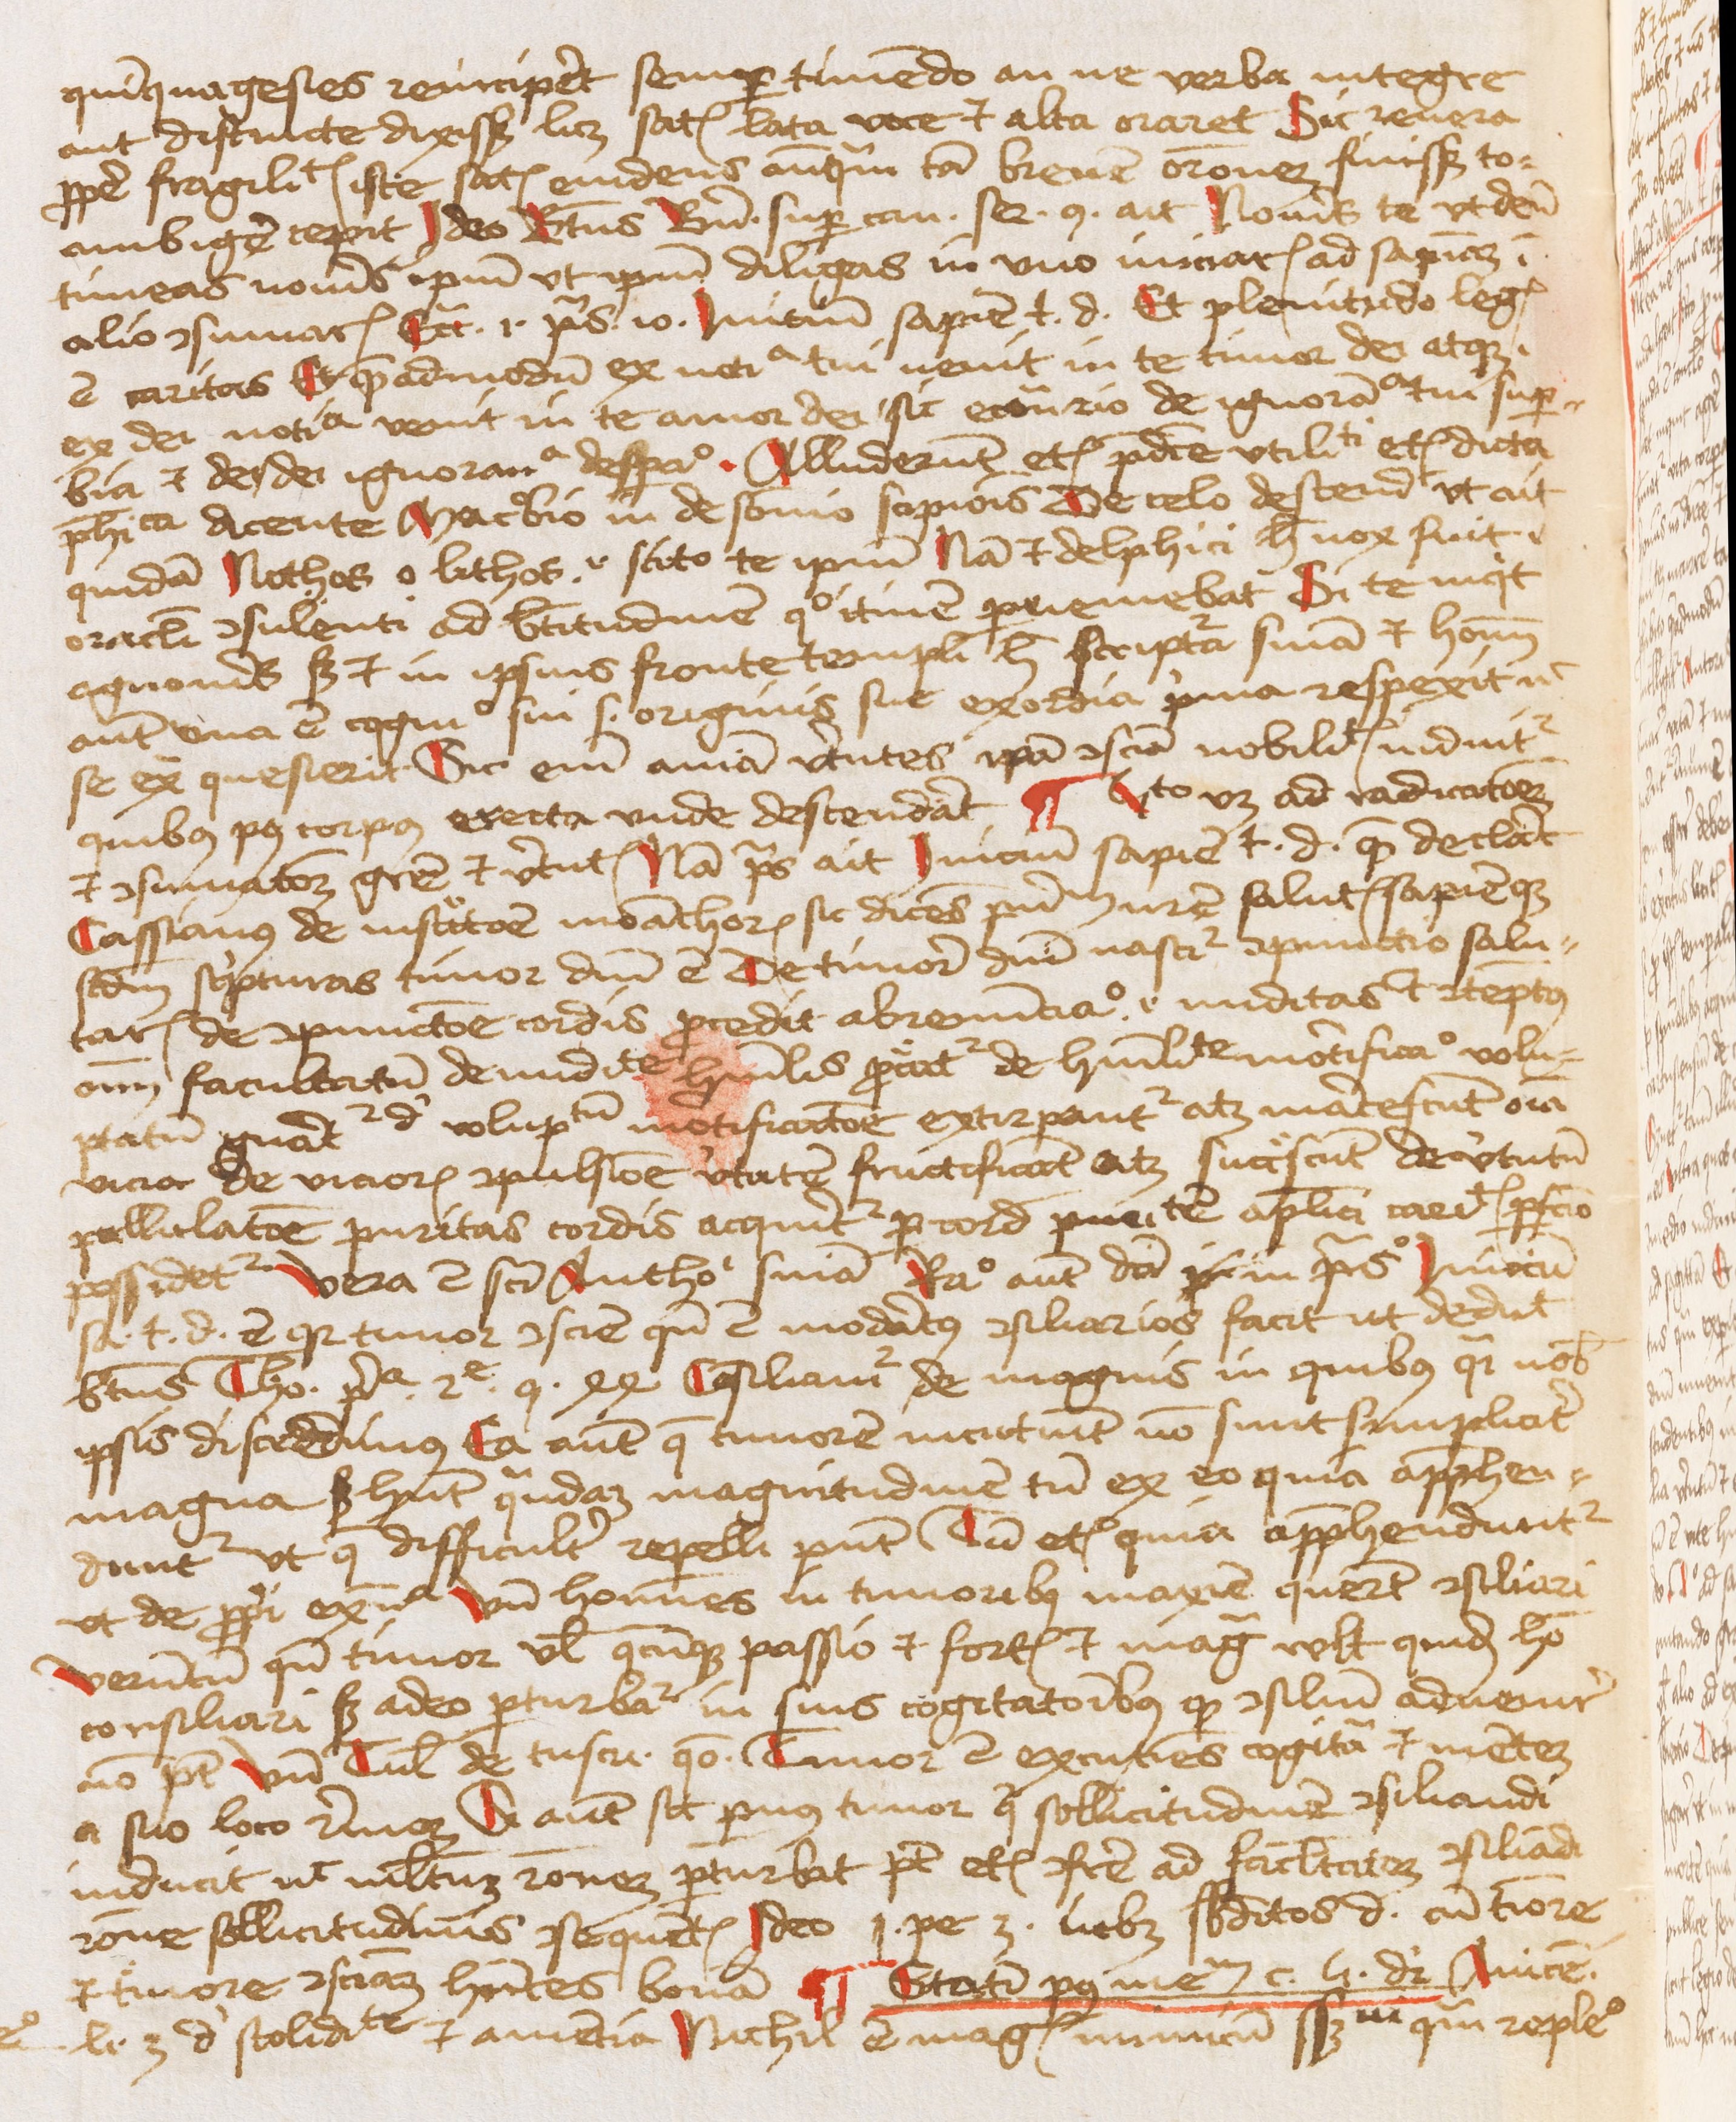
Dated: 1450–1474